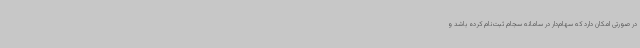
در صورتی امکان دارد که سهام‌دار در سامانه سجام ثبت‌نام کرده باشد و